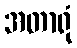
အတာရုံ